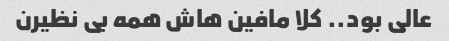
عالی بود‌.. کلا مافین هاش همه بی نظیرن